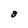
Character: O